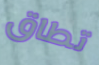
تطاق